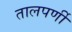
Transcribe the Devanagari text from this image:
तालपर्णी